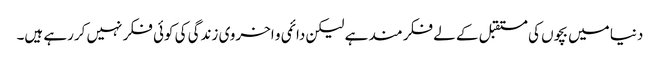
دنیا میں بچوں کی مستقبل کے لے فکر مند ہے لیکن دائمی و اخروی زندگی کی کوئی فکر نہیں کررہے ہیں۔